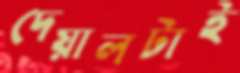
দেয়ালটাই